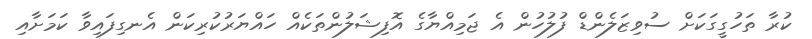
ކުރާ ތަހުގީގަކަށް ސުވިޒަލެންޑް ފުލުހުން އެ ޖަމިއްޔާގެ އޮފިޝަލުންތަކެއް ހައްޔަރުކުރިކަން އެނގިފައިވާ ކަމަށާއި